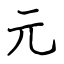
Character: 元